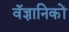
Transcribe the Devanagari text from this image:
वॅज्ञानिकों